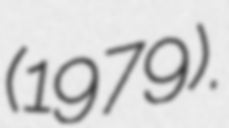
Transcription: (1979).